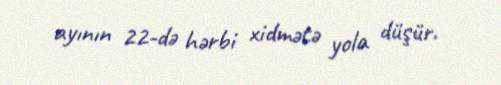
ayının 22-də hərbi xidmətə yola düşür.